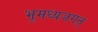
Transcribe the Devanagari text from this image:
भूमध्यजगत्‌